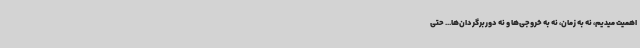
اهمیت میدیم، نه به زمان، نه به خروجی‌ها و نه دوربرگردان‌ها... حتی